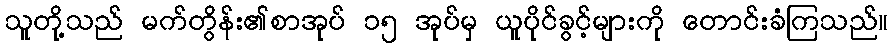
သူတို့သည် မက်တွိန်း၏စာအုပ် ၁၅ အုပ်မှ ယူပိုင်ခွင့်များကို တောင်းခံကြသည်။